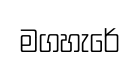
මගහැරේ